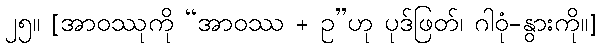
၂၅။ [အာဝဿုကို “အာဝဿ + ဥ”ဟု ပုဒ်ဖြတ်၊ ဂါဝုံ-နွားကို။]